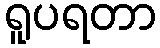
ရူပရတာ